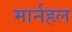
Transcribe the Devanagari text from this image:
मार्नहल